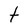
Character: t